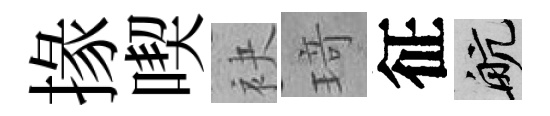
掾喫袂𤦺征航